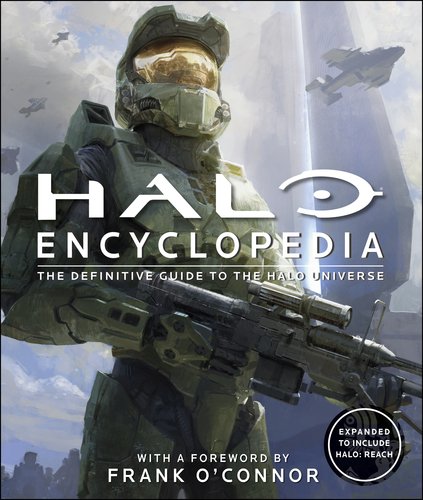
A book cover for Halo Encyclopedia: The Definitive Guide to the Halo Universe; DK Publishing; Humor & Entertainment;